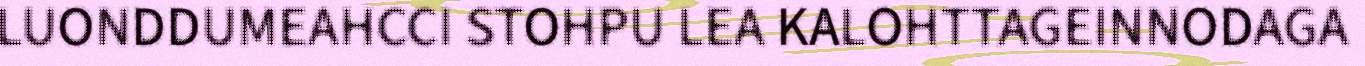
LUONDDUMEAHCCI STOHPU LEA KALOHTTAGEINNODAGA